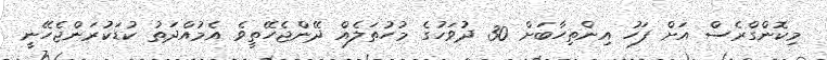
މިކޮންގްރެސް އަށް ފަހު އިންތިހާބަށް 30 ދުވަހުގެ މުހުތަލެއް ދޭންޖެހޭތީވެ އެމުއްދަތު ކުޑަކުރަންޖެހޭނީ